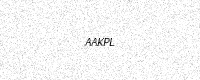
Text: AAKPL